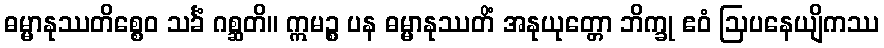
ဓမ္မာနုဿတိစ္စေဝ သင်္ခံ ဂစ္ဆတိ။ ဣမဉ္စ ပန ဓမ္မာနုဿတိံ အနုယုတ္တော ဘိက္ခု ဧဝံ ဩပနေယျိကဿ